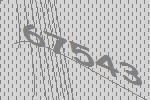
67543